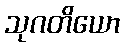
သုဂတိယော